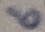
Text: 6